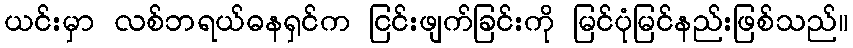
ယင်းမှာ လစ်ဘရယ်ဓနရှင်က ငြင်းဖျက်ခြင်းကို မြင်ပုံမြင်နည်းဖြစ်သည်။